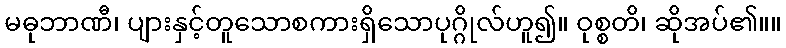
မဓုဘာဏီ၊ ပျားနှင့်တူသောစကားရှိသောပုဂ္ဂိုလ်ဟူ၍။ ဝုစ္စတိ၊ ဆိုအပ်၏။။